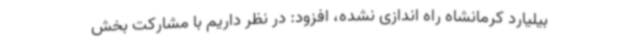
بیلیارد کرمانشاه راه اندازی نشده، افزود: در نظر داریم با مشارکت بخش